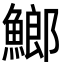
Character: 䱶